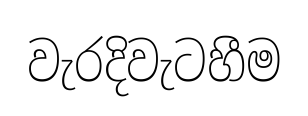
වැරදිවැටහීම